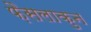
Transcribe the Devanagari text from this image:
फ़ैसलाकुन